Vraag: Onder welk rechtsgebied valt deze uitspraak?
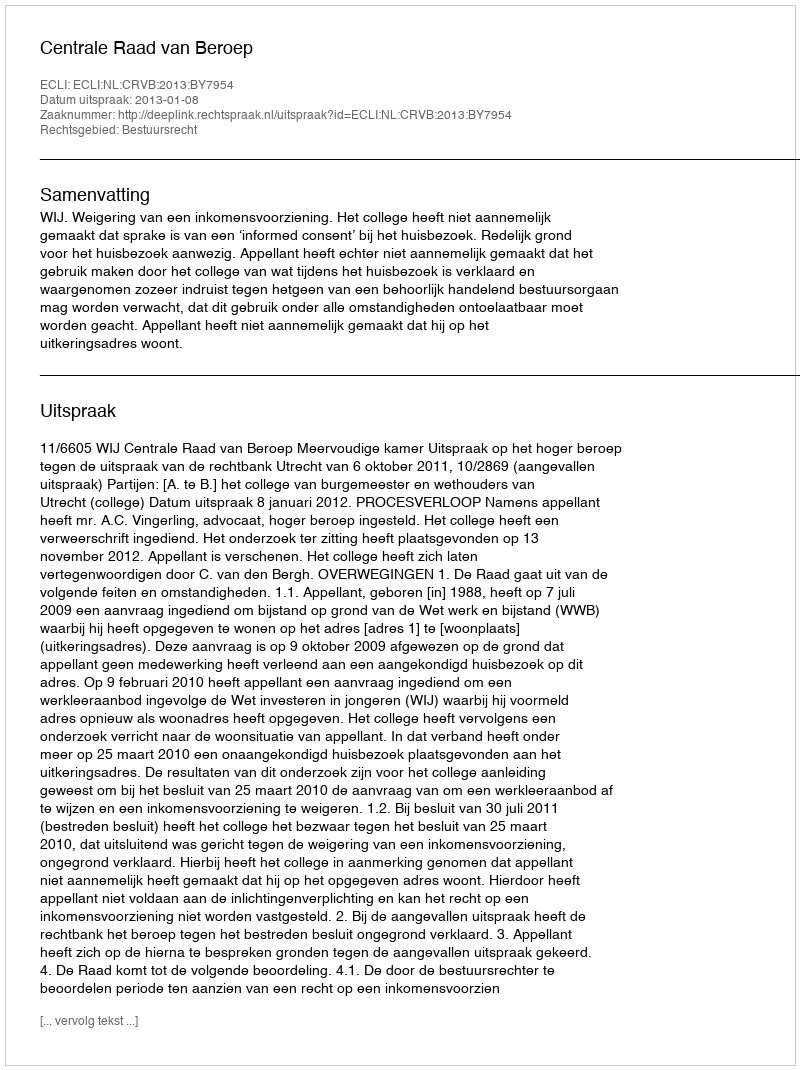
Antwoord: Bestuursrecht